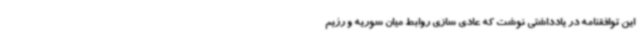
این توافقنامه در یادداشتی نوشت که عادی سازی روابط میان سوریه و رژیم